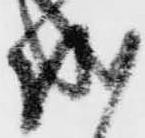
成